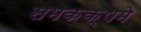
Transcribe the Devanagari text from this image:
समकक्षमे